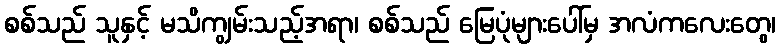
စစ်သည် သူနှင့် မသိကျွမ်းသည့်အရာ၊ စစ်သည် မြေပုံများပေါ်မှ အလံကလေးတွေ၊